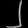
Digit: ၂